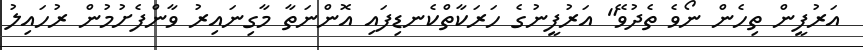
އަރުފީން ތިހެން ނޯވެ ތެދުވޭ" އަރުފީނުގެ ހަރަކާތްކެނޑިފައި އޮންނަތާ މާގިނައިރު ވާންފެށުމުން ރުހައިލު